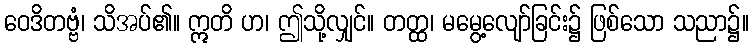
ဝေဒိတဗ္ဗံ၊ သိအပ်၏။ ဣတိ ဟ၊ ဤသို့လျှင်။ တတ္ထ၊ မမွေ့လျော်ခြင်း၌ ဖြစ်သော သညာ၌။